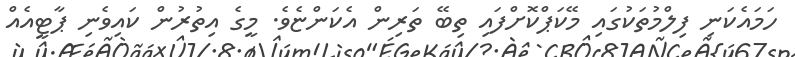
ހަމައެކަނި ފިލްމުތަކުގައި މޭކަޕްކޮށްފައި ތިބޭ ތަރިން އެކަންޏެވެ. މީގެ އިތުރުން ކައިވެނި ޕާޓީއެއް